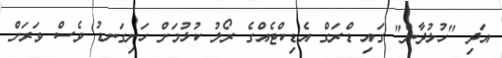
އަދި "ހުޅުދާން" ގައި ޑްރަގް އެޑިކްޓެއްގެ ރޯލު ކުޅުމަށް ހަށިގަނޑު ވެސް ވަރަށް